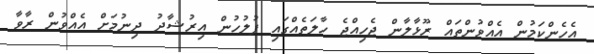
އެހެންކަމުން އެއްވުންތައް ރޫޅާލާން ޖެހިއްޖެ ހާލަތެއްގައި ފުލުހުން އިރުޝާދު ދިނުމަށް އެއްވުން ރާވާ